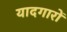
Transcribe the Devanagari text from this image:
यादगारों